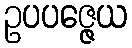
ဥပပဇ္ဇေယ